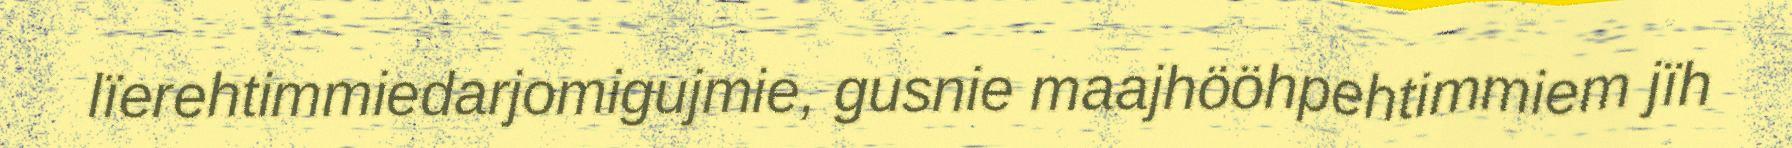
lïerehtimmiedarjomigujmie, gusnie maajhööhpehtimmiem jïh